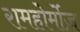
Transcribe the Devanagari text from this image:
रामहोर्मोज़